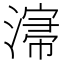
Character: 𣼡